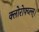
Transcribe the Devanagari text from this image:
क्लोरोफ्य्ल्ल्।